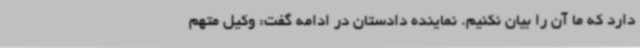
دارد که ما آن را بیان نکنیم. نماینده دادستان در ادامه گفت: وکیل متهم